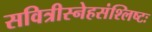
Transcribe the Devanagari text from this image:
सवित्रीस्नेहसंश्लिष्टः